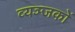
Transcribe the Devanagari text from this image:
व्यञ्जकों